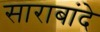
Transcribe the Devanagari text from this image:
साराबांदे